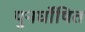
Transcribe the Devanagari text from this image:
पुनर्घोषित